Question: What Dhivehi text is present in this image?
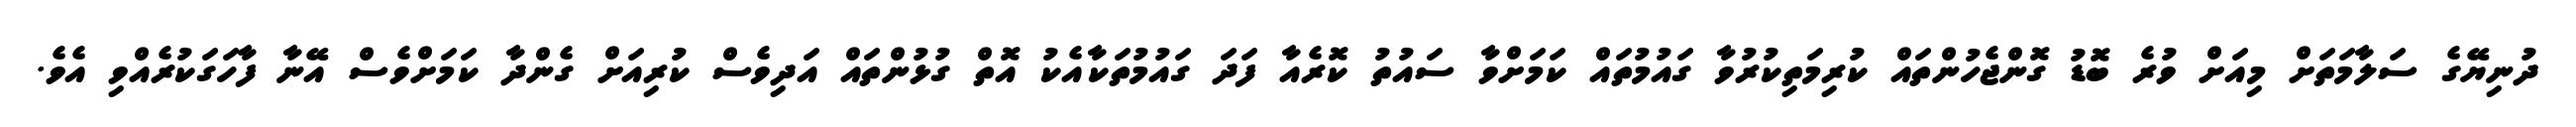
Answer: ދުނިޔޭގެ ސަލާމަތަށް މިއަށް ވުރެ ބޮޑު ގޮންޖެހުންތައް ކުރިމަތިކުރުވާ ގައުމުތައް ކަމަށްވާ ސައުތު ކޮރެއާ ފަދަ ގައުމުތަކާއެކު އޮތް ގުޅުންތައް އަދިވެސް ކުރިއަށް ގެންދާ ކަމަށްވެސް އޭނާ ފާހަގަކުރެއްވި އެވެ.